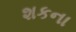
શકના